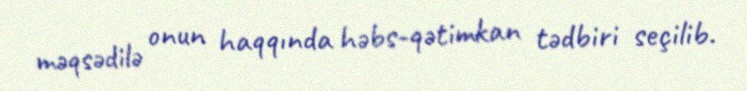
məqsədilə onun haqqında həbs-qətimkan tədbiri seçilib.